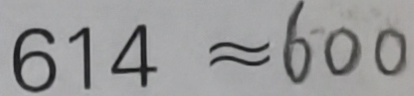
6 1 4 \approx 6 0 0